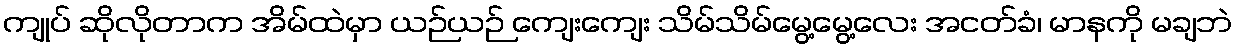
ကျုပ် ဆိုလိုတာက အိမ်ထဲမှာ ယဉ်ယဉ် ကျေးကျေး သိမ်သိမ်မွေ့မွေ့လေး အငတ်ခံ၊ မာနကို မချဘဲ